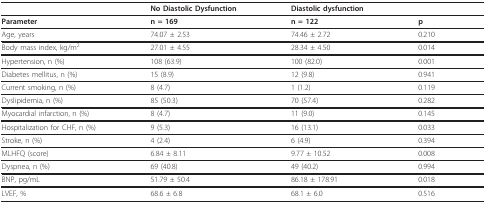
<table><thead><tr><td></td><td><b>No Diastolic Dysfunction</b></td><td><b>Diastolic dysfunction</b></td><td></td></tr></thead><tbody><tr><td><b>Parameter</b></td><td><b>n = 169</b></td><td><b>n = 122</b></td><td><b>p</b></td></tr><tr><td>Age, years</td><td>74.07 ± 2.53</td><td>74.46 ± 2.72</td><td>0.210</td></tr><tr><td>Body mass index, kg/m<sup>2</sup></td><td>27.01 ± 4.55</td><td>28.34 ± 4.50</td><td>0.014</td></tr><tr><td>Hypertension, n (%)</td><td>108 (63.9)</td><td>100 (82.0)</td><td>0.001</td></tr><tr><td>Diabetes mellitus, n (%)</td><td>15 (8.9)</td><td>12 (9.8)</td><td>0.941</td></tr><tr><td>Current smoking, n (%)</td><td>8 (4.7)</td><td>1 (1.2)</td><td>0.119</td></tr><tr><td>Dyslipidemia, n (%)</td><td>85 (50.3)</td><td>70 (57.4)</td><td>0.282</td></tr><tr><td>Myocardial infarction, n (%)</td><td>8 (4.7)</td><td>11 (9.0)</td><td>0.145</td></tr><tr><td>Hospitalization for CHF, n (%)</td><td>9 (5.3)</td><td>16 (13.1)</td><td>0.033</td></tr><tr><td>Stroke, n (%)</td><td>4 (2.4)</td><td>6 (4.9)</td><td>0.394</td></tr><tr><td>MLHFQ (score)</td><td>6.84 ± 8.11</td><td>9.77 ± 10.52</td><td>0.008</td></tr><tr><td>Dyspnea, n (%)</td><td>69 (40.8)</td><td>49 (40.2)</td><td>0.994</td></tr><tr><td>BNP, pg/mL</td><td>51.79 ± 50.4</td><td>86.18 ± 178.91</td><td>0.018</td></tr><tr><td>LVEF, %</td><td>68.6 ± 6.8</td><td>68.1 ± 6.0</td><td>0.516</td></tr></tbody></table>